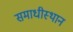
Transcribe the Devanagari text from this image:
समाधीस्थान